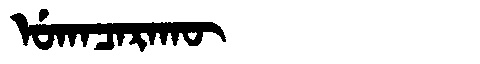
Manchu: ᡠᡴᠠᠴᠠᡵᠠᡴᡡ
Romanization: UKACARAKŪ